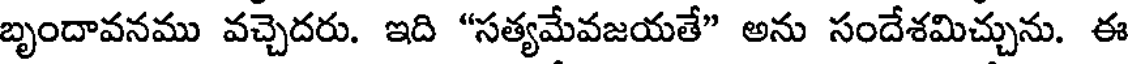
బృందావనము వచ్చెదరు. ఇది "సత్యమేవజయతే" అను సందేశమిచ్చును. ఈ